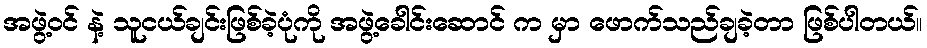
အဖွဲ့ဝင် နဲ့ သူငယ်ချင်းဖြစ်ခဲ့ပုံကို အဖွဲ့ခေါင်းဆောင် က မှာ ဖောက်သည်ချခဲ့တာ ဖြစ်ပါတယ်။